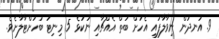
9. އުނދުން ނިވާލާފައި އެހަށް ބަތް އެއްޗާއި ނުކުޅެ 5 މިނިޓު ބަހަށްޓާލާށެވެ.